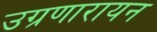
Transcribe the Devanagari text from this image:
उग्रणारायन